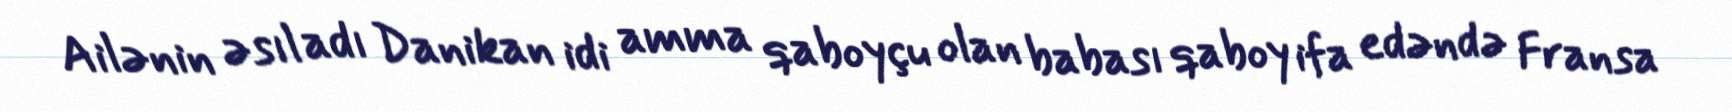
Ailənin əsıl adı Danikan idi amma qaboyçu olan babası qaboy ifa edəndə Fransa